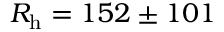
R _ { \mathrm { h } } = 1 5 2 \pm 1 0 1